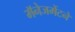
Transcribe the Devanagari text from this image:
मॅनेजमेंटने